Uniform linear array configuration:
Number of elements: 16
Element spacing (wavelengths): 0.25
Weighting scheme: cosine
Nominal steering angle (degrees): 45
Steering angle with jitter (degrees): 43.024
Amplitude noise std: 0.05
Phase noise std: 0.05

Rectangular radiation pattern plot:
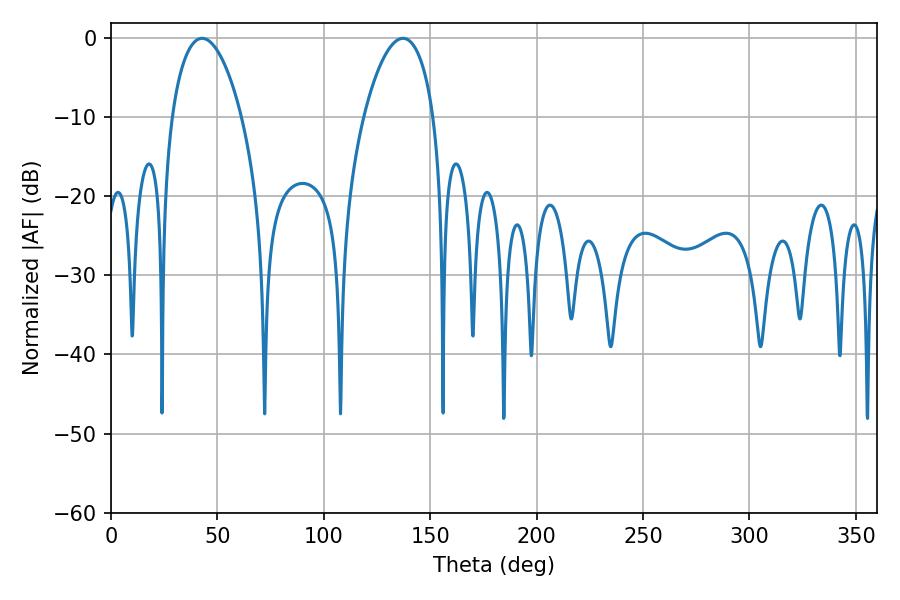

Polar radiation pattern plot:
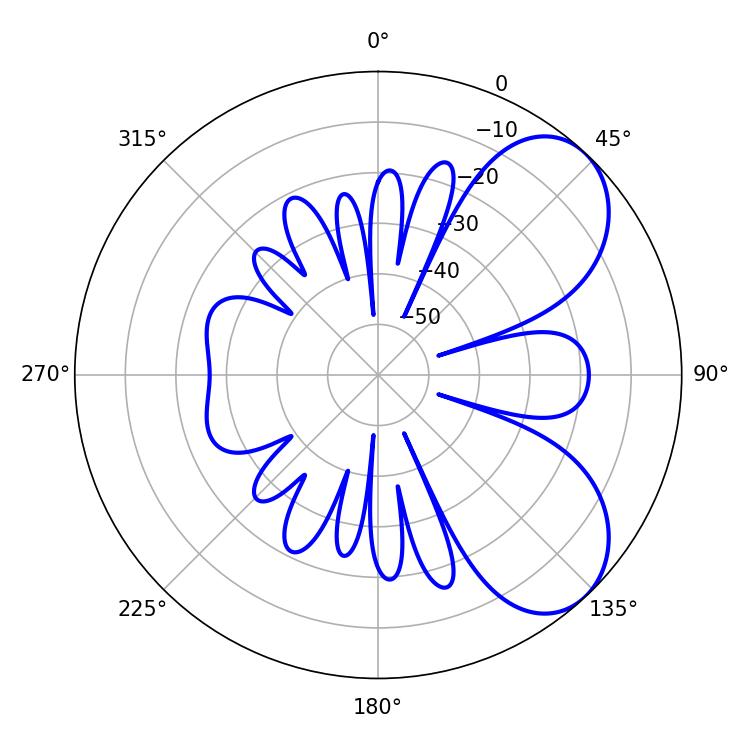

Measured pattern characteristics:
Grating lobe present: FALSE
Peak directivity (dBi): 6.288
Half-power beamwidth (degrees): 18.54
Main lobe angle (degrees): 137.16